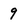
Character: 9